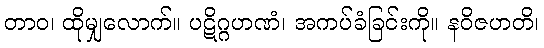
တာဝ၊ ထိုမျှလောက်။ ပဋိဂ္ဂဟဏံ၊ အကပ်ခံခြင်းကို။ နဝိဇဟတိ၊